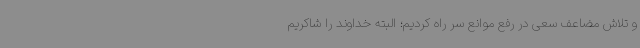
و تلاش مضاعف سعی در رفع موانع سر راه کردیم؛ البته خداوند را شاکریم